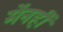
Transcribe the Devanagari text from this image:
मेंनहीं